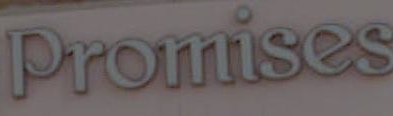
Promises